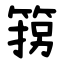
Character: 箉